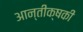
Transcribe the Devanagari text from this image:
आन्तीक्षकी